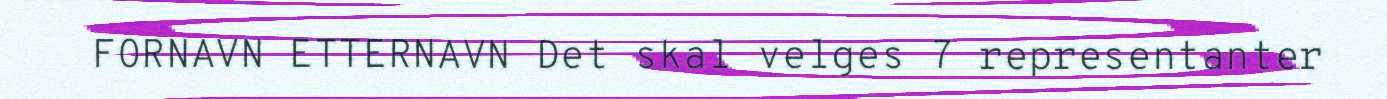
FORNAVN ETTERNAVN Det skal velges 7 representanter